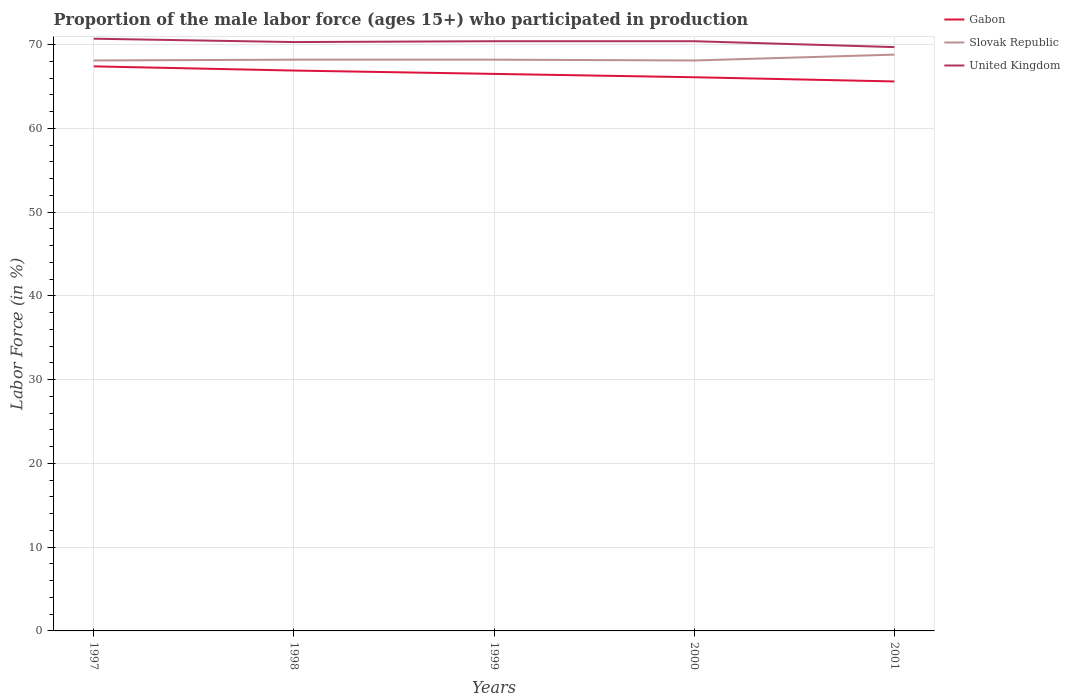
| Years | Gabon | Slovak Republic | United Kingdom |
 | --- | --- | --- | --- |
 | 1997 | 67.4 | 68.1 | 70.7 |
 | 1998 | 66.9 | 68.2 | 70.3 |
 | 1999 | 66.5 | 68.2 | 70.4 |
 | 2000 | 66.1 | 68.1 | 70.4 |
 | 2001 | 65.6 | 68.8 | 69.7 |